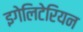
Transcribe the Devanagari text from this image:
इगेलिटेरियन